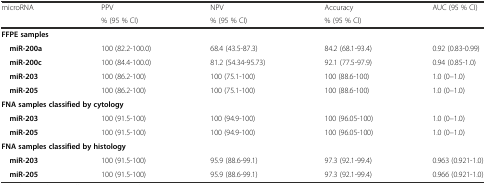
<table><thead><tr><td rowspan="2"><b>microRNA</b></td><td><b>PPV</b></td><td><b>NPV</b></td><td><b>Accuracy</b></td><td rowspan="2"><b>AUC (95 % CI)</b></td></tr><tr><td><b>% (95 % CI)</b></td><td><b>% (95 % CI)</b></td><td><b>% (95 % CI)</b></td></tr></thead><tbody><tr><td colspan="5"><b>FFPE samples</b></td></tr><tr><td><b> miR-200a</b></td><td>100 (82.2-100.0)</td><td>68.4 (43.5-87.3)</td><td>84.2 (68.1-93.4)</td><td>0.92 (0.83-0.99)</td></tr><tr><td><b> miR-200c</b></td><td>100 (84.4-100.0)</td><td>81.2 (54.34-95.73)</td><td>92.1 (77.5-97.9)</td><td>0.94 (0.85-1.0)</td></tr><tr><td><b> miR-203</b></td><td>100 (86.2-100)</td><td>100 (75.1-100)</td><td>100 (88.6-100)</td><td>1.0 (0–1.0)</td></tr><tr><td><b> miR-205</b></td><td>100 (86.2-100)</td><td>100 (75.1-100)</td><td>100 (88.6-100)</td><td>1.0 (0–1.0)</td></tr><tr><td colspan="5"><b>FNA samples classified by cytology</b></td></tr><tr><td><b> miR-203</b></td><td>100 (91.5-100)</td><td>100 (94.9-100)</td><td>100 (96.05-100)</td><td>1.0 (0–1.0)</td></tr><tr><td><b> miR-205</b></td><td>100 (91.5-100)</td><td>100 (94.9-100)</td><td>100 (96.05-100)</td><td>1.0 (0–1.0)</td></tr><tr><td colspan="5"><b>FNA samples classified by histology</b></td></tr><tr><td><b> miR-203</b></td><td>100 (91.5-100)</td><td>95.9 (88.6-99.1)</td><td>97.3 (92.1-99.4)</td><td>0.963 (0.921-1.0)</td></tr><tr><td><b> miR-205</b></td><td>100 (91.5-100)</td><td>95.9 (88.6-99.1)</td><td>97.3 (92.1-99.4)</td><td>0.966 (0.921-1.0)</td></tr></tbody></table>